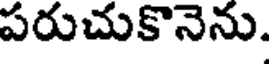
పరుచుకొనెను.